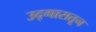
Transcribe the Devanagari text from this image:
उद्गारातून